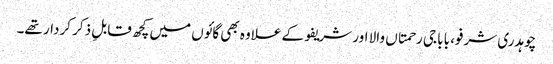
چوہدری شرفو، بابا جی رحمتاں والا اور شریفو کے علاوہ بھی گائوں میں کچھ قابلِ ذکر کردار تھے۔